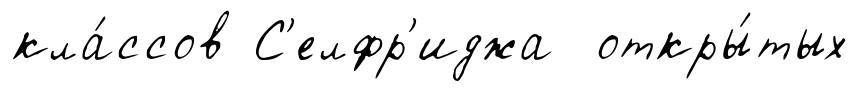
кла́ссов С'елфр'иджа откры́тых